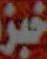
خبز